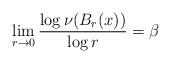
LaTeX: \begin{align*}\lim_{r \to 0} \frac{\log \nu(B_r(x))}{\log r} = \beta\end{align*}